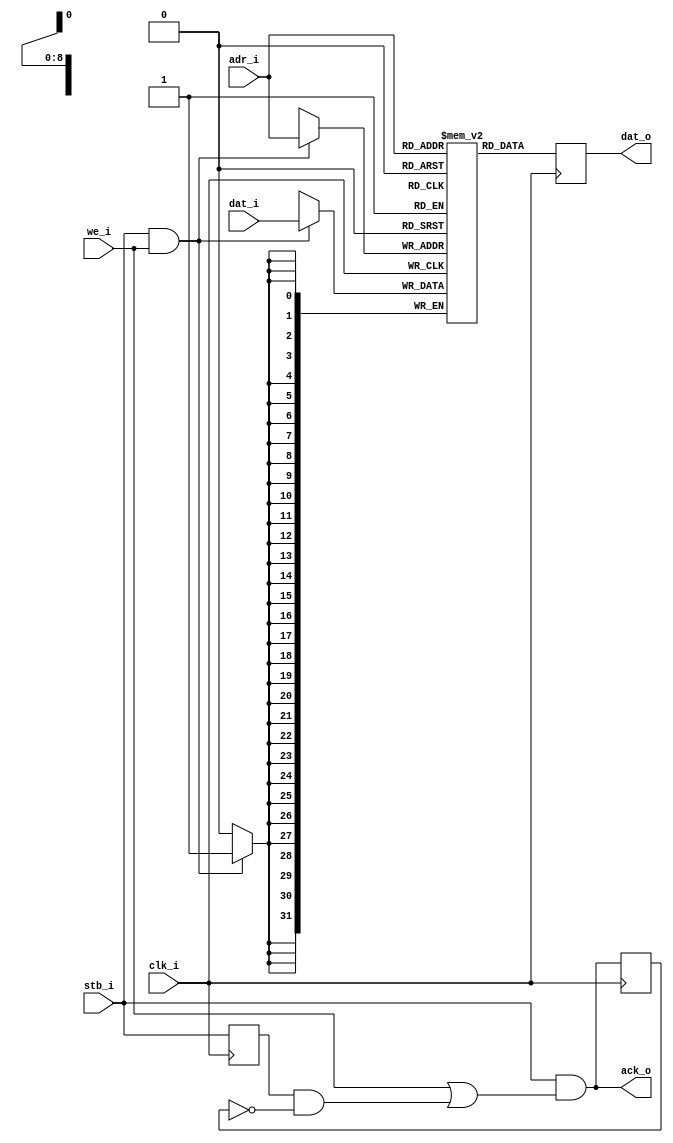


// Since this is a block ram, there are no byte-selects and there is a 1-cycle read latency
//   These have to be a multiple of 512 lines (2K) long

module wb_ram_block
  #(parameter AWIDTH=9)
    (input clk_i,
     input stb_i,
     input we_i,
     input [AWIDTH-1:0] adr_i,
     input [31:0] dat_i,
     output reg [31:0] dat_o,
     output ack_o);

   reg [31:0] distram [0:1<<(AWIDTH-1)];

   always @(posedge clk_i)
     begin
	if(stb_i & we_i)
	  distram[adr_i] <= dat_i;
	dat_o <= distram[adr_i];
     end

   reg stb_d1, ack_d1;
   always @(posedge clk_i)
     stb_d1 <= stb_i;
   
   always @(posedge clk_i)
     ack_d1 <= ack_o;
   
   assign ack_o = stb_i & (we_i | (stb_d1 & ~ack_d1));
endmodule // wb_ram_block